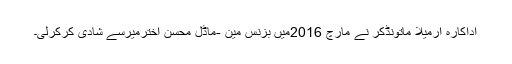
اداکارہ ارمیلا ماتونڈکر نے مارچ 2016میں بزنس مین -ماڈل محسن اخترمیرسے شادی کرکرلی۔